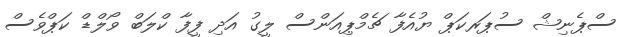
ސްޕެނިޝް ސުޕަރކަޕް ޔުއެފާ ޗެމްޕިއަންސް ލީގު އަދި ފީފާ ކްލަބް ވޯލްޑް ކަޕްވެސް